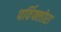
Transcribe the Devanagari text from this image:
पर्विफ्लोरा